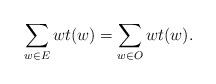
LaTeX: \begin{align*}\sum_{w \in E} wt(w) = \sum_{w \in O} wt(w). \end{align*}